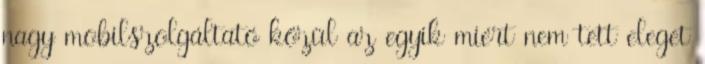
nagy mobilszolgáltató közül az egyik miért nem tett eleget